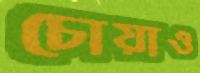
চোয়াও